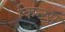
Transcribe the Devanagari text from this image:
किन्ग्स